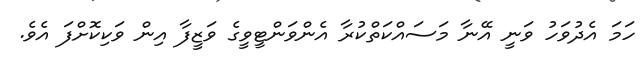
ހަމަ އެދުވަހު ވަނީ އޭނާ މަސައްކަތްކުރާ އެންވަންޓީވީގެ ވަޒީފާ އިން ވަކިކޮށްފަ އެވެ.